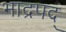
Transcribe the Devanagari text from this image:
भाद्रपद्